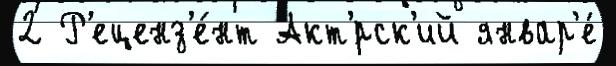
2 Р'еценз'е́нт Акт'́рск'ий январ'е́